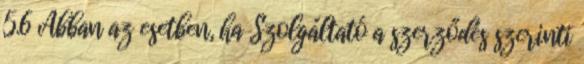
5.6 Abban az esetben, ha Szolgáltató a szerződés szerinti